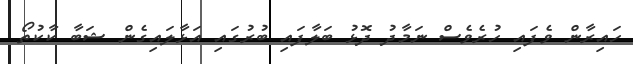
ހައިރާން ވެފައި ހުރެވެސް ނަމާދު ދޮޅު ބަލާފައި ބުރުގައި އަޅާލައިގެން ޝަބާ ކާކުތޯ